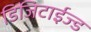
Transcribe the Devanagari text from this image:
डिजिटाईज्ड